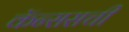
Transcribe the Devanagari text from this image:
कॅन्ससची